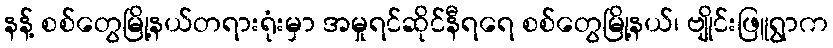
နန့် စစ်တွေမြို့နယ်တရားရုံးမှာ အမှုရင်ဆိုင်နီရရေ စစ်တွေမြို့နယ်၊ ဗျိုင်းဖြူရွာက